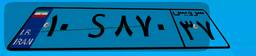
۲۵S۳۹۰۸۲